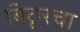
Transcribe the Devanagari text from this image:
बिठूरचा